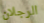
الرجلان